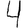
Digit: 4